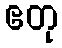
ဧတု